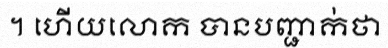
។ ហើយលោក បានបញ្ជាក់ថា